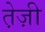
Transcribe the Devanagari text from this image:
ते़ज़ी